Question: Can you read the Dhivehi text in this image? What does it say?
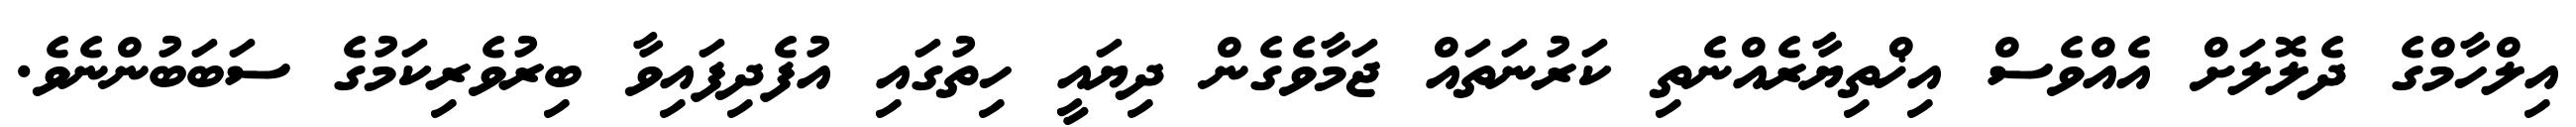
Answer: އިލްހާމްގެ ދެލޮލަށް އެއްވެސް އިޚްތިޔާރެއްނެތި ކަރުނަތައް ޖަމާވެގެން ދިޔައީ ހިތުގައި އުފެދިފައިވާ ބިރުވެރިކަމުގެ ސަބަބުންނެވެ.